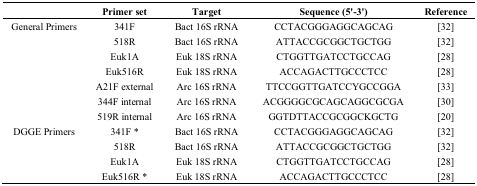
<table><thead><tr><td></td><td><b>Primer set</b></td><td><b>Target</b></td><td><b>Sequence (5&#x27;-3&#x27;)</b></td><td><b>Reference</b></td></tr></thead><tbody><tr><td>General Primers</td><td>341F</td><td>Bact 16S rRNA</td><td>CCTACGGGAGGCAGCAG</td><td>[32]</td></tr><tr><td></td><td>518R</td><td>Bact 16S rRNA</td><td>ATTACCGCGGCTGCTGG</td><td>[32]</td></tr><tr><td></td><td>Euk1A</td><td>Euk 18S rRNA</td><td>CTGGTTGATCCTGCCAG</td><td>[28]</td></tr><tr><td></td><td>Euk516R</td><td>Euk 18S rRNA</td><td>ACCAGACTTGCCCTCC</td><td>[28]</td></tr><tr><td></td><td>A21F external</td><td>Arc 16S rRNA</td><td>TTCCGGTTGATCCYGCCGGA</td><td>[33]</td></tr><tr><td></td><td>344F internal</td><td>Arc 16S rRNA</td><td>ACGGGGCGCAGCAGGCGCGA</td><td>[30]</td></tr><tr><td></td><td>519R internal</td><td>Arc 16S rRNA</td><td>GGTDTTACCGCGGCKGCTG</td><td>[20]</td></tr><tr><td>DGGE Primers</td><td>341F *</td><td>Bact 16S rRNA</td><td>CCTACGGGAGGCAGCAG</td><td>[32]</td></tr><tr><td></td><td>518R</td><td>Bact 16S rRNA</td><td>ATTACCGCGGCTGCTGG</td><td>[32]</td></tr><tr><td></td><td>Euk1A</td><td>Euk 18S rRNA</td><td>CTGGTTGATCCTGCCAG</td><td>[28]</td></tr><tr><td></td><td>Euk516R *</td><td>Euk 18S rRNA</td><td>ACCAGACTTGCCCTCC</td><td>[28]</td></tr></tbody></table>